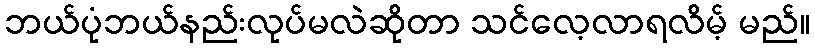
ဘယ်ပုံဘယ်နည်းလုပ်မလဲဆိုတာ သင်လေ့လာရလိမ့် မည်။